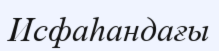
Исфаһандағы